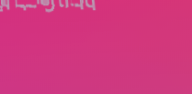
فندق الميزانية يقدم إقامة